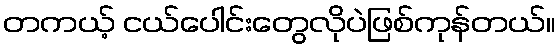
တကယ့် ငယ်ပေါင်းတွေလိုပဲဖြစ်ကုန်တယ်။